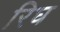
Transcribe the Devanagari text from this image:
रिघ